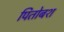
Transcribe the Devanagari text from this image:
पितोबश